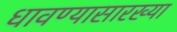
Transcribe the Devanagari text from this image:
धावण्यासारख्या